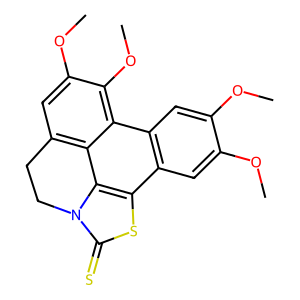
SMILES: COc1cc2c(cc1OC)c1c(OC)c(OC)cc3c1c1c2sc(=S)n1CC3
Inhibits HIV replication: No